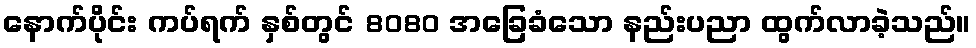
နောက်ပိုင်း ကပ်ရက် နှစ်တွင် 8080 အခြေခံသော နည်းပညာ ထွက်လာခဲ့သည်။